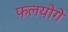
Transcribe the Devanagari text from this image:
फलयोगे